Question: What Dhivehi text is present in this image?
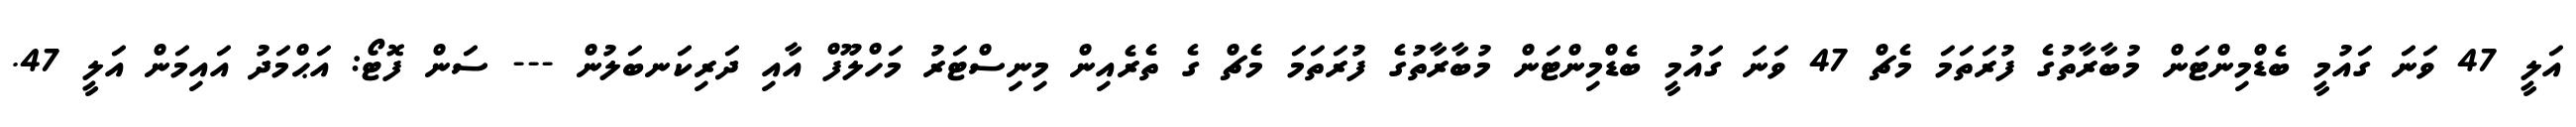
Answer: އަލީ 47 ވަނަ ގައުމީ ބެޑްމިންޓަން މުބާރާތުގެ ފުރަތަމަ މެޗް 47 ވަނަ ގައުމީ ބެޑްމިންޓަން މުބާރާތުގެ ފުރަތަމަ މެޗް ގެ ތެރެއިން މިނިސްޓަރު މަހްލޫފް އާއި ދަރިކަނބަލުން --- ސަން ފޮޓޯ: އަޙްމަދު އައިމަން އަލީ 47.